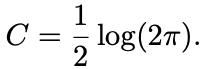
\[
C = \frac{1}{2} \log(2\pi).
\]